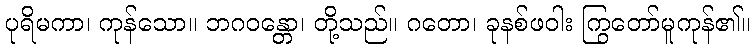
ပုရိမကာ၊ ကုန်သော။ ဘဂဝန္တော၊ တို့သည်။ ဂတော၊ ခုနစ်ဖဝါး ကြွတော်မူကုန်၏။